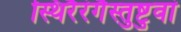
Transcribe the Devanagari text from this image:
स्थिरैरंगैस्तुष्टुवां